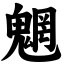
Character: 魍